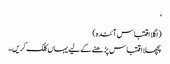
‘
(اگلا اقتباس آئندہ)
پچھلا اقتباس پڑھنے کے لیے یہاں کلک کریں۔